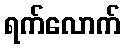
ရက်လောက်